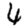
Digit: 4